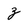
Character: z